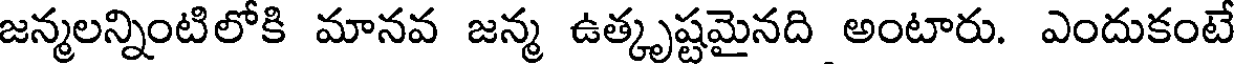
జన్మలన్నింటిలోకి మానవ జన్మ ఉత్కృష్టమైనది అంటారు. ఎందుకంటే